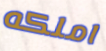
املكه